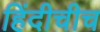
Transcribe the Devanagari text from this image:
हिंदीचीच